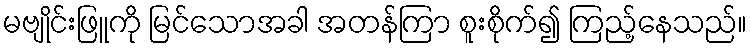
မဗျိုင်းဖြူကို မြင်သောအခါ အတန်ကြာ စူးစိုက်၍ ကြည့်နေသည်။